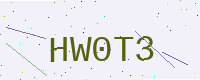
Text: HW0T3